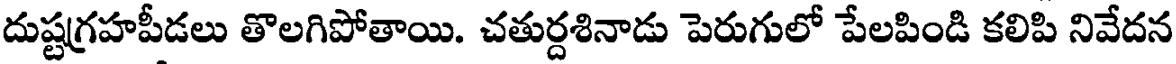
దుష్టగ్రహపీడలు తొలగిపోతాయి. చతుర్దశినాడు పెరుగులో పేలపిండి కలిపి నివేదన